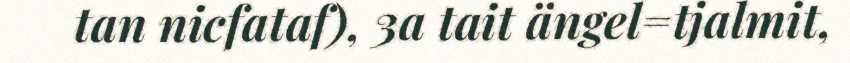
tan nicfataf), 3a tait ängel=tjalmit,